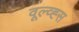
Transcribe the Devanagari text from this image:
वूल्व्ह्स